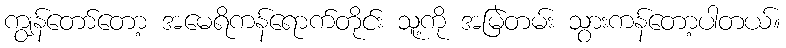
ကျွန်တော်တော့ အမေရိကန်ရောက်တိုင်း သူ့ကို အမြဲတမ်း သွားကန်တော့ပါတယ်။